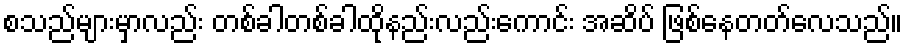
စသည်များမှာလည်း တစ်ခါတစ်ခါထိုနည်းလည်းကောင်း အဆိပ် ဖြစ်နေတတ်လေသည်။